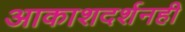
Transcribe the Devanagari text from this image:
आकाशदर्शनही